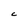
Character: C